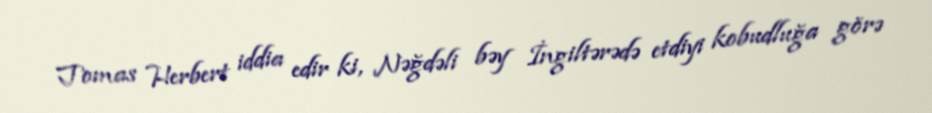
Tomas Herbert iddia edir ki, Nəğdəli bəy İngiltərədə etdiyi kobudluğa görə